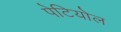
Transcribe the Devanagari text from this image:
पेटियोल